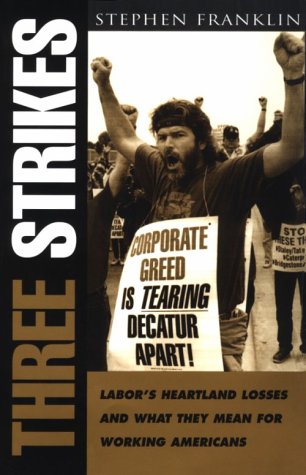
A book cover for Three Strikes: Labor's Heartland Losses and What They Mean for Working Americans; Stephen Franklin; Business & Money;